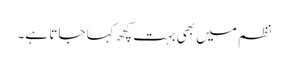
نظم میں بھی بہت کچھ کہا جاتا ہے۔